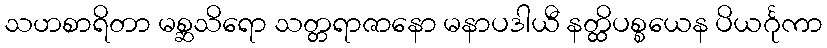
သဟစာရိတာ မစ္ဆသိရော သတ္တရာဇာနော မနာပဒါယီ နတ္ထိပစ္စယေန ပိယင်္ဂုကာ